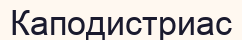
Каподистриас